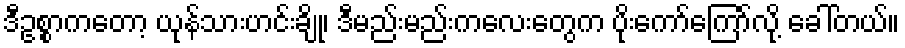
ဒီဥစ္စာကတော့ ယုန်သားဟင်းချို၊ ဒီမည်းမည်းကလေးတွေက ပိုးကော်ကြော်လို့ ခေါ်တယ်။